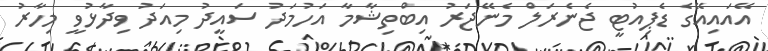
އޭއައިއޭގެ ޑެޕިއުޓީ ޖެނެރަލް މެނޭޖަރު އިބްތިޝާމާ އަހުމަދު ސައީދު މިއަދު ވިދާޅުވީ މިހާރު